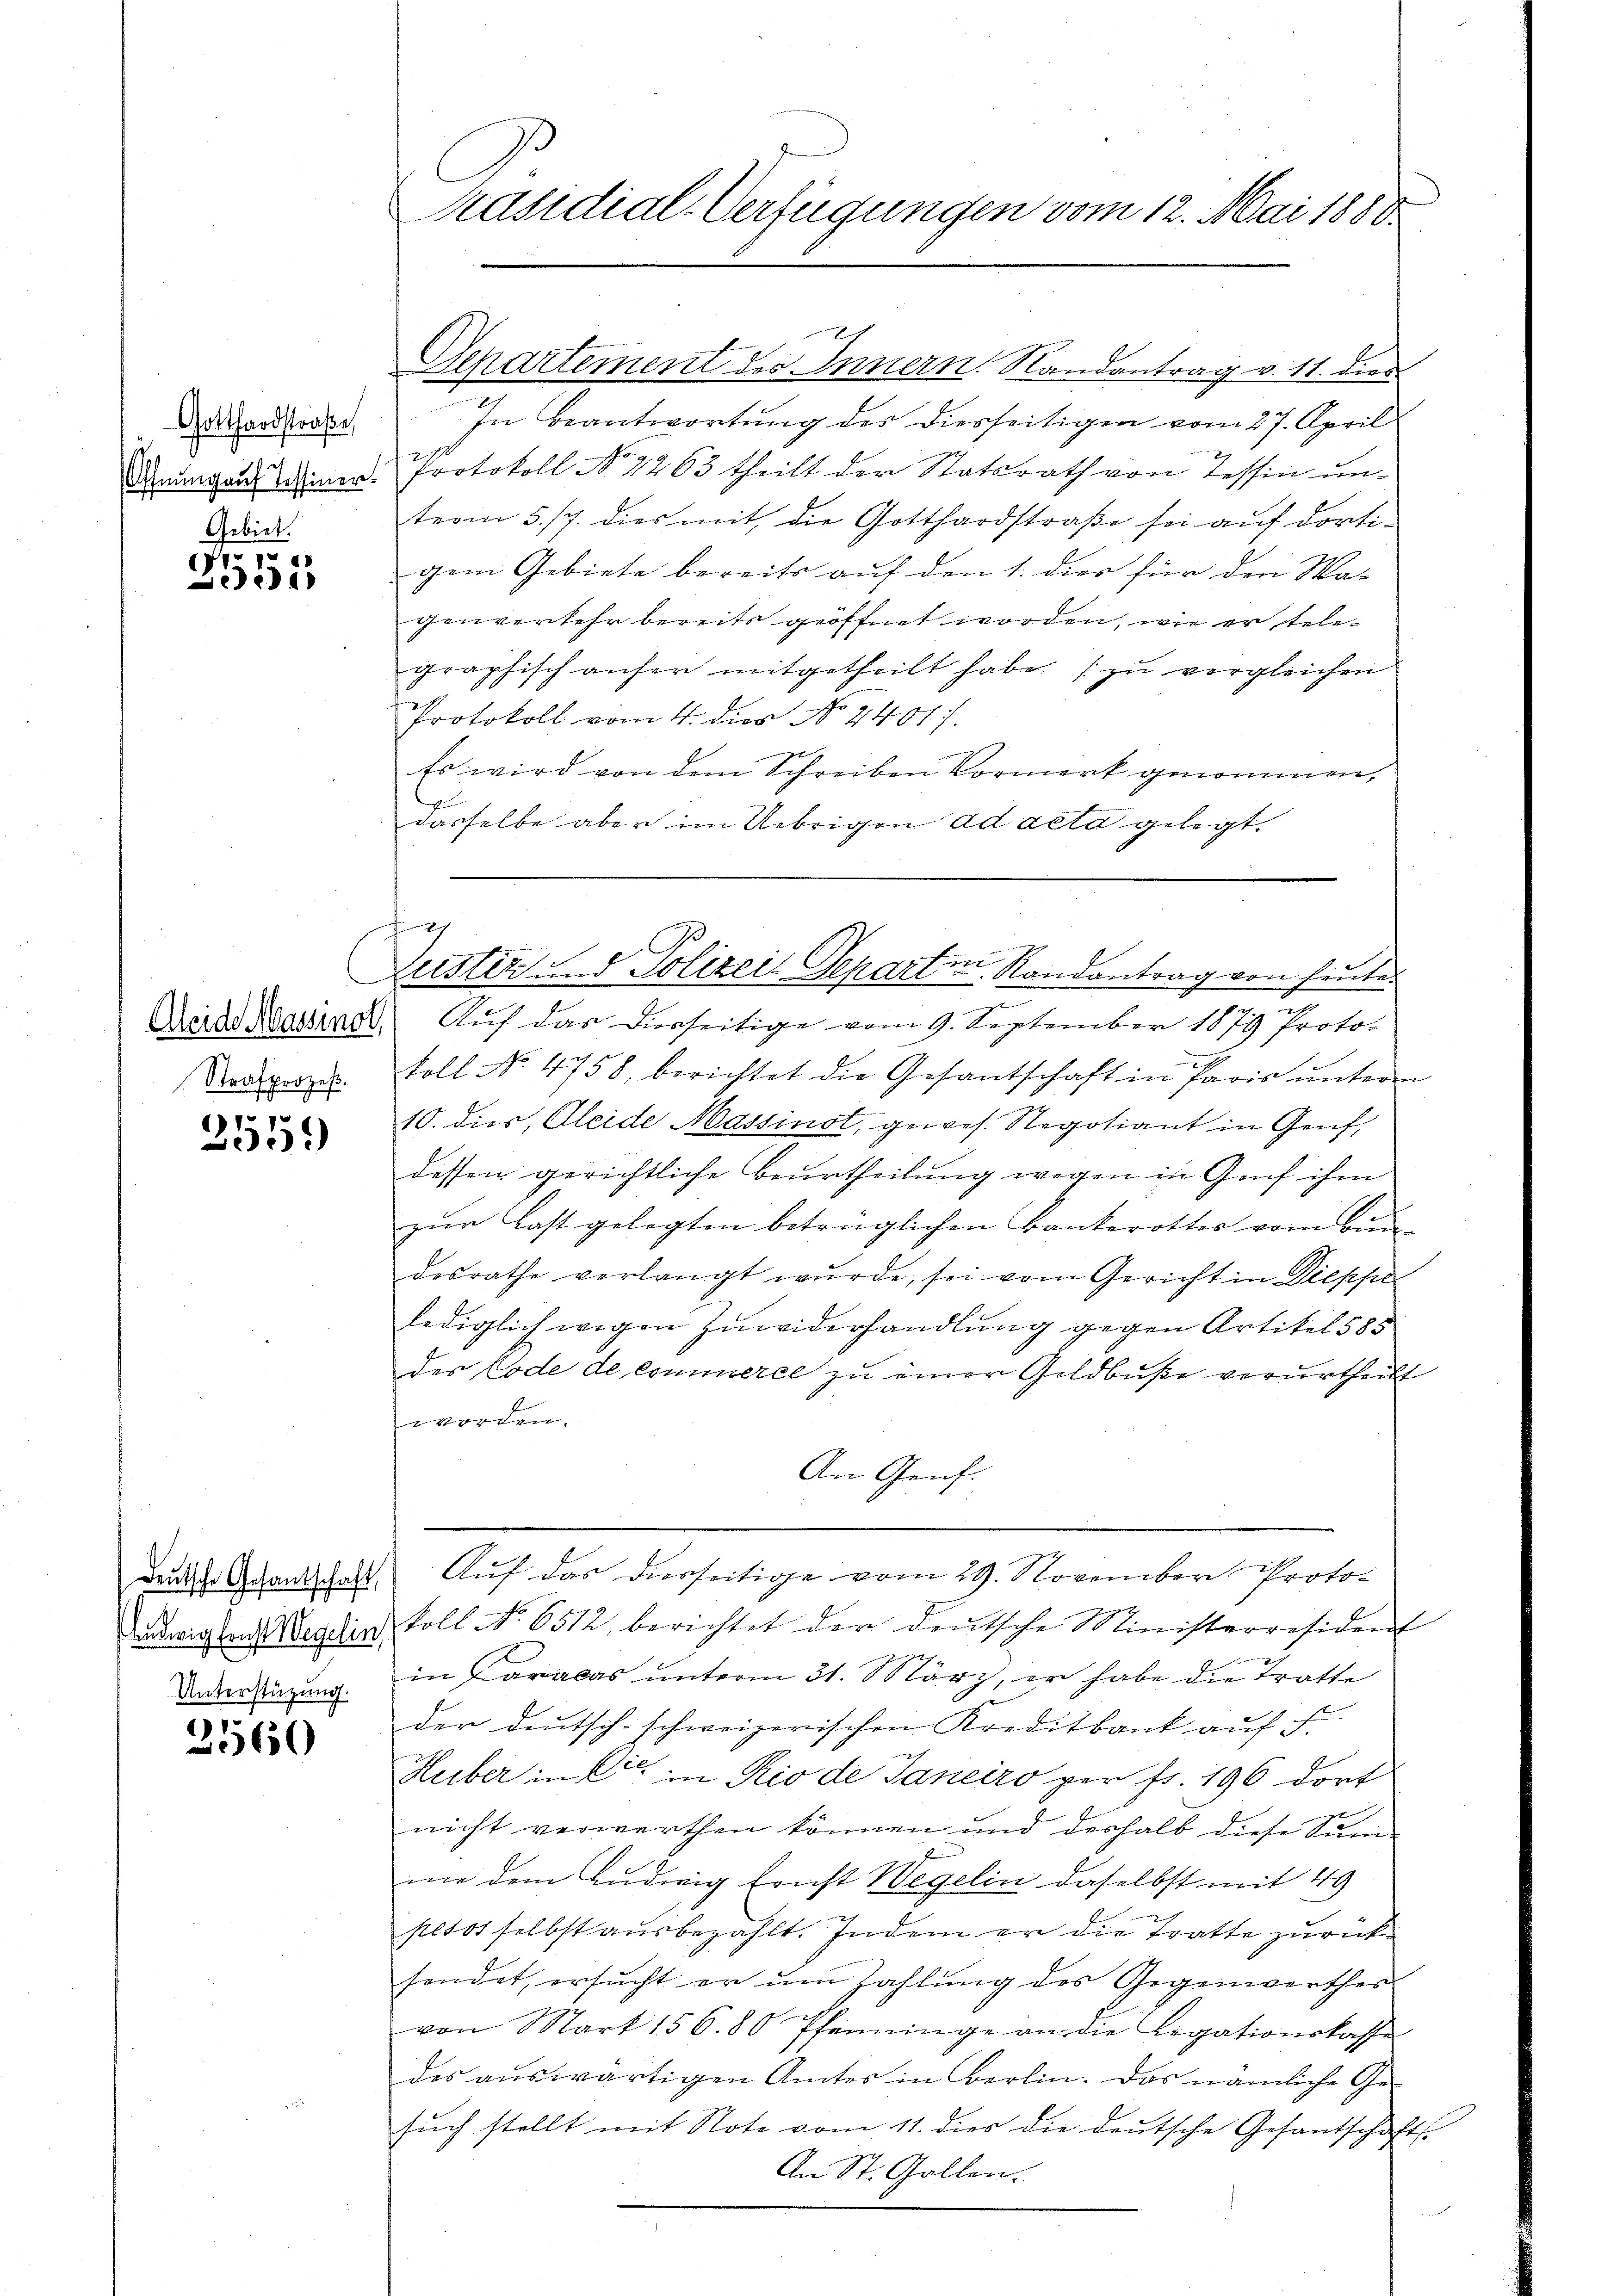
Gotthardstraße
Gebiet.

(11
Lee

Aleide Massinot,
Strafprozeß.

3559)

deŭtsche Gesantschaft,
Andwig leucht Wegelin,
Unterstützung.

2560

In Beantwortung des diesseitigen vom 27. April
Rungaus denen Protokoll No 1263 theilt der Statsrath von Tessin unterm 5/7. dies mit die Gotthardstraße sei auf dortigem Gebiete bereits auf den 1. dies für den Ma-
genverkehr bereits geöffnet worden, wie er telegraphisch anfer mitgetheilt habe. (zu vergleichen
Protokoll vom 4. dies No. 2401).
Es wird von dem Schreiben Vormerk genommen,
dasselbe aber im Uebrigen ad acta gelegt.

Präsidial-Verfügungen vom 12. Mai 1880.

Separtement des Innern. Randantrag v. 11. dies

u

f
2
i
Leister und Polizeit Separten Randantrag

An Genf.

von heute.

e
Auf das diesseitige vom 9. September 1879 Protoc
toll No 4758, berichtet die Gesantschaft in Paris unterm
10. dies, Gleide Massinst, gewes. Negotiant in Genf,
dessen gerichtliche Beurtheilung wegen in Genf ihm
zŭr Last gelegten beträglichen Bankerottes vom Bundesrathe verlangt wurde, sei vom Gericht in Diesser
lediglich wegen Zuwiderhandlung gegen Artikel 585
des Code de commerce zu einer Geldbuße verurtheilt
worden.
Auf das diesseitige vom 29. November Protokoll No 6512 berichtet der deŭtsche Ministerresident
2
in Caralas unterm 31. März, er habe die tratte
der deutsch-schweizerischen Kreditbank auf S.
15
Heiber in Cie in Rio de Janeiro per fr. 196 dort
nicht verwerthen können und deshalb diese Samm-
me dem Ludwig Ernst Wegelin daselbst mit 49
pesos selbst ausbezahlt. Indem er die Tratte zurücksendet, ersucht er um Zahlung des Gegenwerthes
von Mart 156. 80 Pfenninge an die Legationskasse
des auswärtigen Amtes in Berlin. Das nämliche Ge-
sŭch stellt mit Note vom 11. dies die deutsche Gesantschafts-
An St. Gallen.